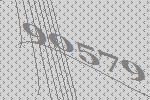
90579